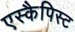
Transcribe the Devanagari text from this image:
एस्कैपिस्ट